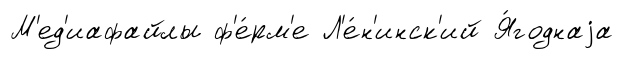
М'ед'иафайлы ф'е́рм'е Л'е́н'инск'ий Я́годнаjа